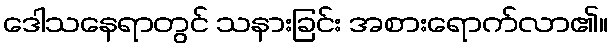
ဒေါသနေရာတွင် သနားခြင်း အစားရောက်လာ၏။